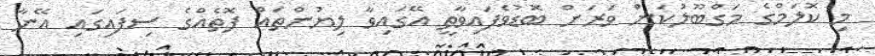
މި ކޮލަމްގެ މަގްބޫލުކަން ވަރަށް ބޮޑުވެފައިވާތީ އޭގައިވާ ލިޔުންތައް ފޮތެއްގެ ސިފައިގައި އޭނާ